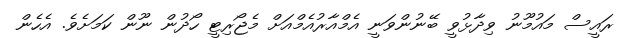
ރައީސް މައުމޫނު ވިދާޅުވީ ބޭނުންވަނީ އެމްއާރުއެމްއަށް މެޖޯރިޓީ ހޯދުން ނޫން ކަމަށެވެ. އެހެން